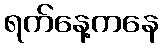
ရက်နေ့ကနေ